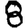
Digit: 8